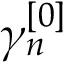
\gamma _ { n } ^ { [ 0 ] }